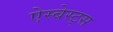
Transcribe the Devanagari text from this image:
ऐस्बेस्ट्स